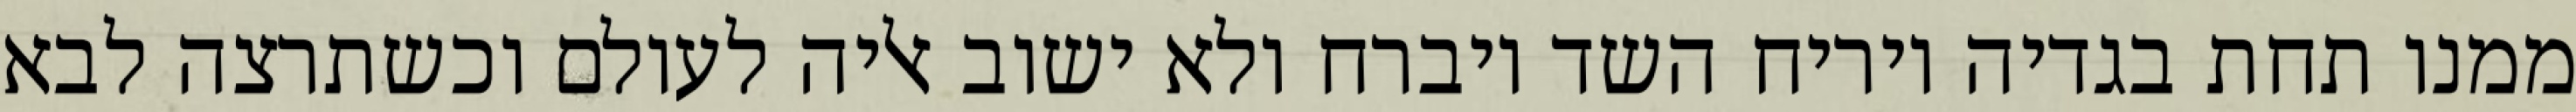
ממנו תחת בגדיה ויריח השד ויברח ולא ישוב אליה לעולם וכשתרצה לבא